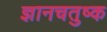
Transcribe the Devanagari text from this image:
ज्ञानचतुष्क